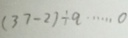
( 3 7 - 2 ) \div q \cdots 0